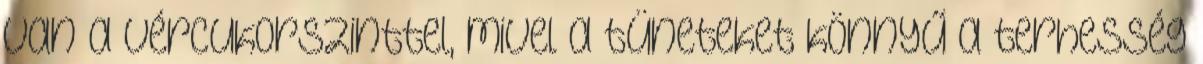
van a vércukorszinttel, mivel a tüneteket könnyű a terhesség